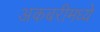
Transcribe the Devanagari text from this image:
अकबरीमध्ये